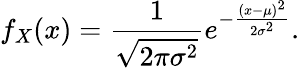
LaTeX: f_{X}(x)={\frac{1}{\sqrt{2\pi\sigma^{2}}}}e^{-{\frac{(x-\mu)^{2}}{2\sigma^{2}}}}.